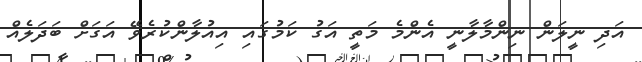
އަދި ނީލަން ނިންމާލާނީ އެންމެ މަތީ އަގު ކަމުގައި އިއުލާންކުރެވޭ އަގަށް ބަދަލެއް